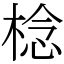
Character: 棯